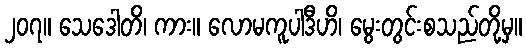
၂၀၇။ သေဒေါတိ၊ ကား။ လောမကူပါဒီဟိ၊ မွေးတွင်းစသည်တို့မှ။